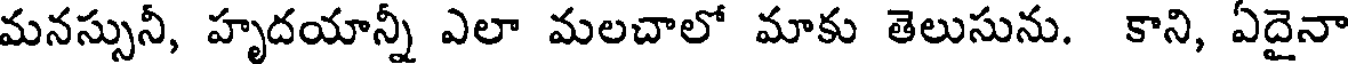
మనస్సునీ, హృదయాన్నీ ఎలా మలచాలో మాకు తెలుసును. కాని, ఏదైనా